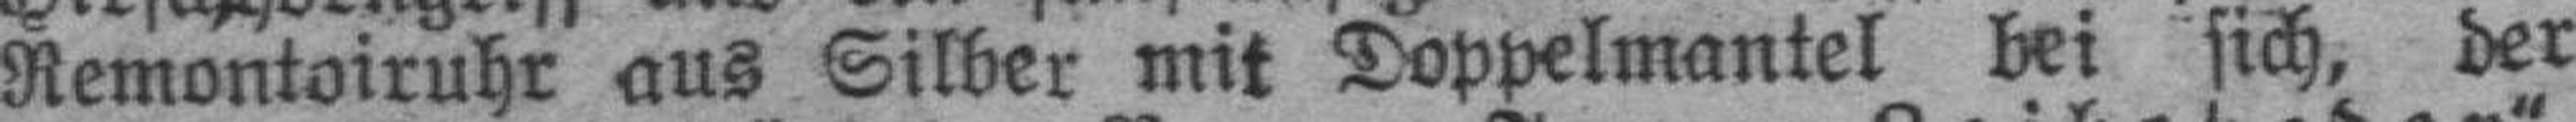
Remontoiruhr aus Silber mit Doppelmantel bei sich, der